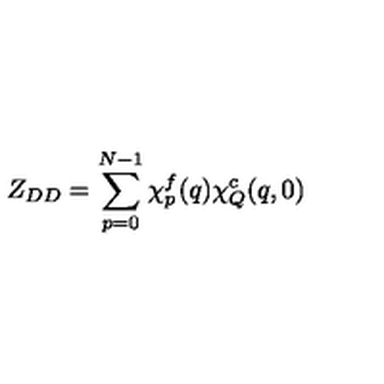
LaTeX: Z _ { D D } = \sum _ { p = 0 } ^ { N - 1 } \chi _ { p } ^ { f } ( q ) \chi _ { Q } ^ { c } ( q , 0 )